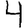
Digit: 4